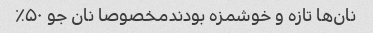
نان‌ها تازه و خوشمزه بودندمخصوصا نان جو ۵۰٪